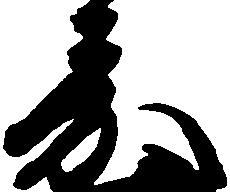
嘉